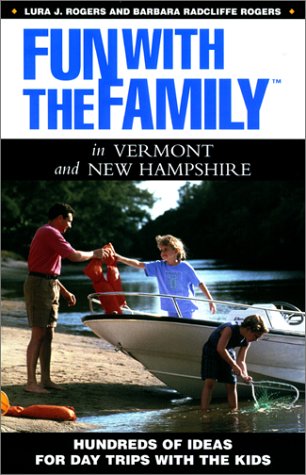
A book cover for Fun with the Family in Vermont and New Hampshire: Hundreds of Ideas for Day Trips with the Kids (Fun with the Family Series); Barbara Radcliffe Rogers; Travel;